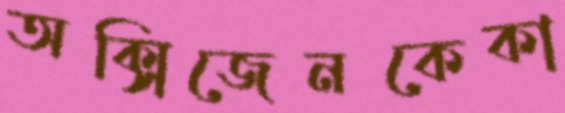
অক্সিজেনকেকা